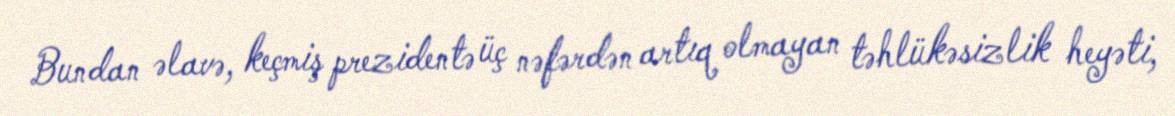
Bundan əlavə, keçmiş prezidentə üç nəfərdən artıq olmayan təhlükəsizlik heyəti,